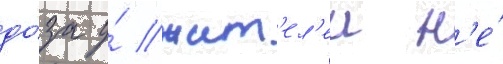
до́за у́ жит'ел'еи н'е́